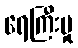
ရေကြီးမှု